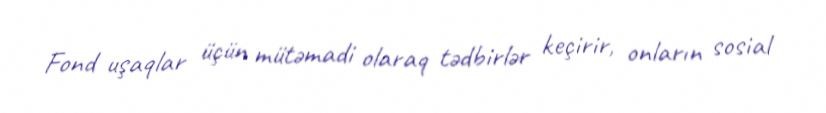
Fond uşaqlar üçün mütəmadi olaraq tədbirlər keçirir, onların sosial